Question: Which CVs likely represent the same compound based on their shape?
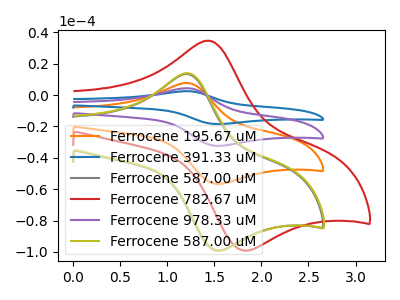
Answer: <think>The orange curve "Ferrocene 195.67 uM" has an anodic peak at (1.20V, 7.70uA) and a cathodic peak at (1.50V, -56.55uA). The blue curve "Ferrocene 391.33 uM" has an anodic peak at (1.20V, 23.10uA) and a cathodic peak at (1.50V, -169.70uA). The gray curve "Ferrocene 587.00 uM" has an anodic peak at (1.20V, 13.45uA) and a cathodic peak at (1.50V, -99.00uA). The red curve "Ferrocene 782.67 uM" has an anodic peak at (1.45V, 34.70uA) and a cathodic peak at (1.80V, -98.95uA). The purple curve "Ferrocene 978.33 uM" has an anodic peak at (1.20V, 15.40uA) and a cathodic peak at (1.50V, -113.15uA). The olive curve "Ferrocene 587.00 uM" has an anodic peak at (1.20V, 13.95uA) and a cathodic peak at (1.50V, -99.00uA).
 All the peaks in "Ferrocene 195.67 uM" have a peak in "Ferrocene 391.33 uM" at the same potential. Every peak in "Ferrocene 195.67 uM" is lower than every peak in "Ferrocene 391.33 uM". All the peaks in "Ferrocene 195.67 uM" have a peak in "Ferrocene 587.00 uM" at the same potential. Every peak in "Ferrocene 195.67 uM" is lower than every peak in "Ferrocene 587.00 uM". "Ferrocene 195.67 uM" and "Ferrocene 782.67 uM" have at least one peak that do not match. All the peaks in "Ferrocene 195.67 uM" have a peak in "Ferrocene 978.33 uM" at the same potential. Every peak in "Ferrocene 195.67 uM" is lower than every peak in "Ferrocene 978.33 uM". All the peaks in "Ferrocene 195.67 uM" have a peak in "Ferrocene 587.00 uM" at the same potential. Every peak in "Ferrocene 195.67 uM" is lower than every peak in "Ferrocene 587.00 uM". All the peaks in "Ferrocene 391.33 uM" have a peak in "Ferrocene 587.00 uM" at the same potential. Every peak in "Ferrocene 391.33 uM" is higher than every peak in "Ferrocene 587.00 uM". "Ferrocene 391.33 uM" and "Ferrocene 782.67 uM" have at least one peak that do not match. All the peaks in "Ferrocene 391.33 uM" have a peak in "Ferrocene 978.33 uM" at the same potential. Every peak in "Ferrocene 391.33 uM" is higher than every peak in "Ferrocene 978.33 uM". All the peaks in "Ferrocene 391.33 uM" have a peak in "Ferrocene 587.00 uM" at the same potential. Every peak in "Ferrocene 391.33 uM" is higher than every peak in "Ferrocene 587.00 uM". "Ferrocene 587.00 uM" and "Ferrocene 782.67 uM" have at least one peak that do not match. All the peaks in "Ferrocene 587.00 uM" have a peak in "Ferrocene 978.33 uM" at the same potential. Every peak in "Ferrocene 587.00 uM" is lower than every peak in "Ferrocene 978.33 uM". All the peaks in "Ferrocene 587.00 uM" have a peak in "Ferrocene 587.00 uM" at the same potential. "Ferrocene 782.67 uM" and "Ferrocene 978.33 uM" have at least one peak that do not match. "Ferrocene 782.67 uM" and "Ferrocene 587.00 uM" have at least one peak that do not match. All the peaks in "Ferrocene 978.33 uM" have a peak in "Ferrocene 587.00 uM" at the same potential. Every peak in "Ferrocene 978.33 uM" is higher than every peak in "Ferrocene 587.00 uM".</think>
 <answer>"Ferrocene 587.00 uM", "Ferrocene 195.67 uM", "Ferrocene 391.33 uM", "Ferrocene 978.33 uM" and "Ferrocene 587.00 uM" have the same shape and are likely CV's of the same chemical.</answer>
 <eval>"Ferrocene 587.00 uM" "Ferrocene 195.67 uM" "Ferrocene 391.33 uM" "Ferrocene 978.33 uM" "Ferrocene 587.00 uM"</eval>